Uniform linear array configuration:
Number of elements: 24
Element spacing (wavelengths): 0.25
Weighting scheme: hamming
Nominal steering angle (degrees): -60
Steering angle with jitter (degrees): -58.646
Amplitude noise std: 0.05
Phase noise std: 0.05

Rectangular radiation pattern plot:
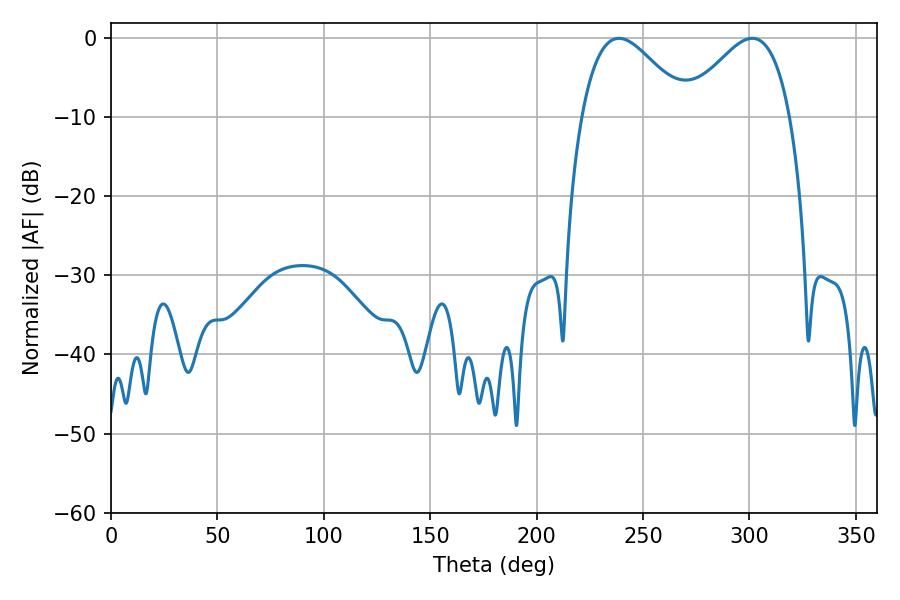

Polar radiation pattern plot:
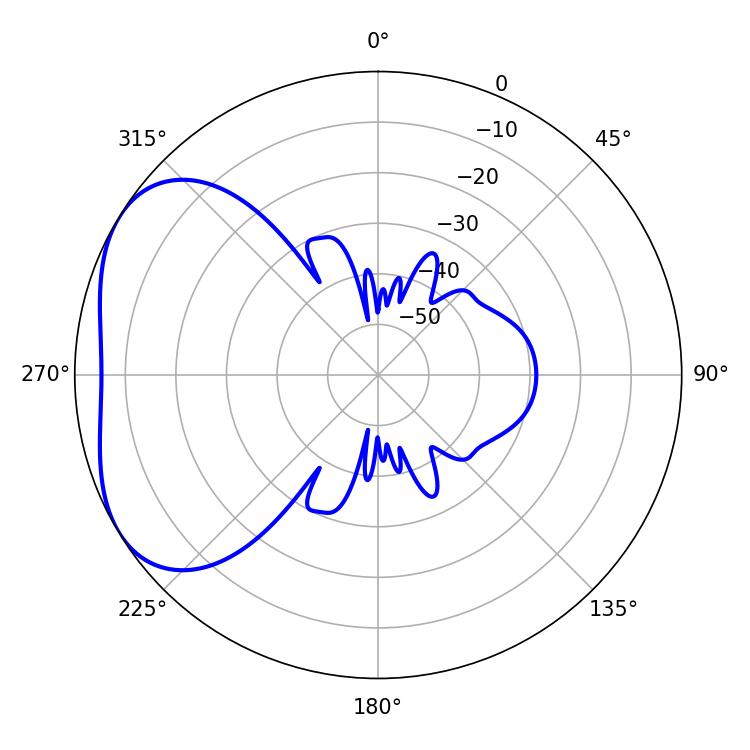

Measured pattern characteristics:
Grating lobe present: FALSE
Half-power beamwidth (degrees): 26.82
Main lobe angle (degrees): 238.68